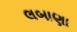
લબાણા